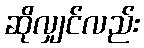
ဆိုလျှင်လည်း